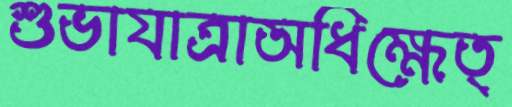
শুভাযাত্রাঅধিক্ষেত্